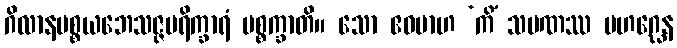
ဂိလာနပစ္စယဘေသဇ္ဇပရိက္ခာရံ ပစ္စက္ခာတိ။ သော ဧဝမာဟ ‘ကိံ သမဏဿ မဟဂ္ဃေန